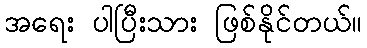
အရေး ပါပြီးသား ဖြစ်နိုင်တယ်။